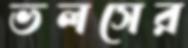
ভলসের